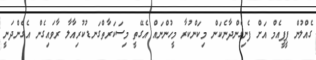
ގެއްލުން ޕީޕީއެމް އަށް ފެނިގެންދާނެކަން މިކަންކުރާ މީހުންނައް އެގޭތީ މިސަކަރާތްގަނޑުކުރިއާލާ ރާވައިގެން އެގެންދަނީ